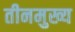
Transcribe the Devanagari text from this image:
तीनमुख्य